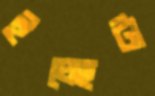
ইচ্ছেটা